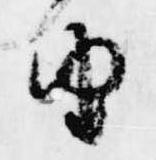
由